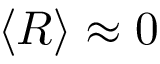
\langle R \rangle \approx 0